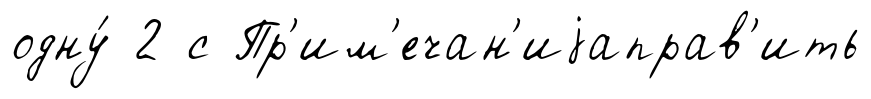
одну́ 2 с Пр'им'ечан'иjаправ'ить